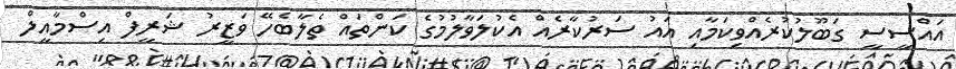
އައްސީސީ ގަބޫލުކުރެއްވިކަމާއި އައު ސަރުކާރެއް އެކުލަވާލުމުގެ ކަންތައް ތެލާބެހޭ ވަޒީރު ޝަރީފް އިސްމާއީލް